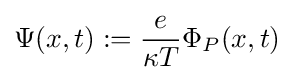
\Psi (x,t):={\frac {e}{\kappa T}}\Phi _{P}(x,t)